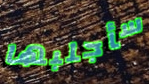
سأجلبها